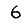
Digit: 6